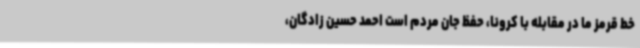
خط قرمز ما در مقابله با کرونا، حفظ جان مردم است احمد حسین زادگان،